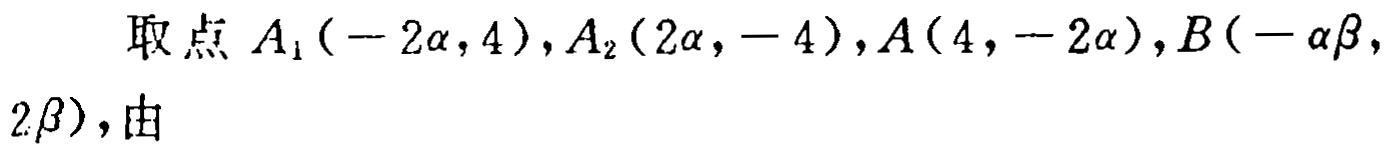
取点 \(A_1(-2\alpha,4),A_2(2\alpha,-4),A(4,-2\alpha),B(-\alpha\beta,2\beta)\)，由